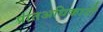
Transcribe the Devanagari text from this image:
प्रांतअधिकारी